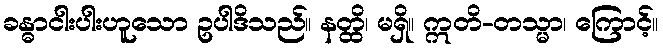
ခန္ဓာငါးပါးဟူသော ဥပါဒိသည်။ နတ္ထိ၊ မရှိ။ ဣတိ-တသ္မာ၊ ကြောင့်။